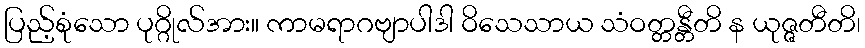
ပြည့်စုံသော ပုဂ္ဂိုလ်အား။ ကာမရာဂဗျာပါဒါ ဝိသေသာယ သံဝတ္တန္တီတိ န ယုဇ္ဇတီတိ၊